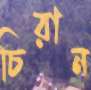
চিরান